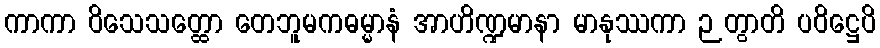
ကာကာ ဝိသေသတ္ထော တေဘူမကဓမ္မာနံ အာဟိဏ္ဍမာနာ မာနုဿကာ ဉတွာတိ ပဝိဋ္ဌေပိ